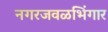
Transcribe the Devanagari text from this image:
नगरजवळभिंगार